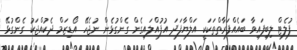
ފުލެޓް ލިބިފައިވާ ބައެއްފަރާތްތަކަކީ އަލްޔާފަދަ އުފުއްލައިގެން ގެންގުޅެން ނުޖެހޭ އޯޑިޒަމް ދެކުއްޖަކު ގެންގުޅޭ